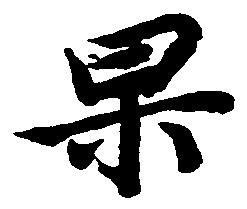
杲